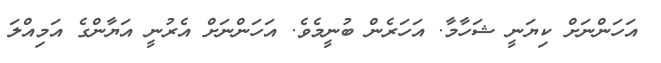
އަހަންނަށް ކިޔަނީ ޝަހާމާ. އަހަރެން ބުނީމެވެ. އަހަންނަށް އެރުނީ އަޔާންގެ އަމިއްލަ